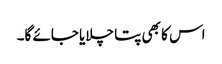
اس کا بھی پتا چلایا جائے گا۔